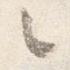
々